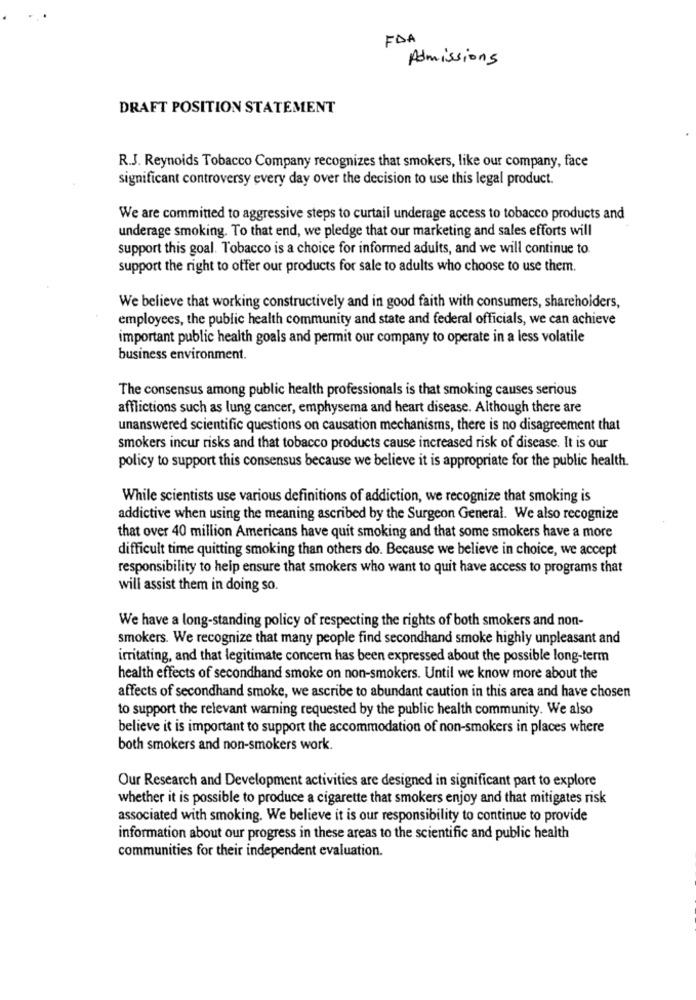
FDA
Admissions
DRAFT POSITION STATEMENT
R.J. Reynolds Tobacco Company recognizes that smokers, like our company, face
significant controversy every day over the decision to use this legal product.
We are committed to aggressive steps to curtail underage access to tobacco products and
underage smoking. To that end, we pledge that our marketing and sales efforts will
support this goal. Tobacco is a choice for informed adults, and we will continue to.
support the right to offer our products for sale to adults who choose to use them.
We believe that working constructively and in good faith with consumers, shareholders,
employees, the public health community and state and federal officials, we can achieve
important public health goals and permit our company to operate in a less volatile
business environment.
The consensus among public health professionals is that smoking causes serious
afflictions such as lung cancer, emphysema and heart disease. Although there are
unanswered scientific questions on causation mechanisms, there is no disagreement that
smokers incur risks and that tobacco products cause increased risk of disease. It is our
policy to support this consensus because we believe it is appropriate for the public health.
While scientists use various definitions of addiction, we recognize that smoking is
addictive when using the meaning ascribed by the Surgeon General. We also recognize
that over 40 million Americans have quit smoking and that some smokers have a more
difficult time quitting smoking than others do. Because we believe in choice, we accept
responsibility to help ensure that smokers who want to quit have access to programs that
will assist them in doing so.
We have a long-standing policy of respecting the rights of both smokers and non-
smokers. We recognize that many people find secondhand smoke highly unpleasant and
irritating, and that legitimate concern has been expressed about the possible long-term
health effects of secondhand smoke on non-smokers. Until we know more about the
affects of secondhand smoke, we ascribe to abundant caution in this area and have chosen
to support the relevant warning requested by the public health community. We also
believe it is important to support the accommodation of non-smokers in places where
both smokers and non-smokers work.
Our Research and Development activities are designed in significant part to explore
whether it is possible to produce a cigarette that smokers enjoy and that mitigates risk
associated with smoking. We believe it is our responsibility to continue to provide
information about our progress in these areas to the scientific and public health
communities for their independent evaluation.